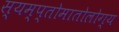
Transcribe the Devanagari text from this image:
स्यम्प्तोमातोलोग्य